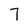
Character: 7